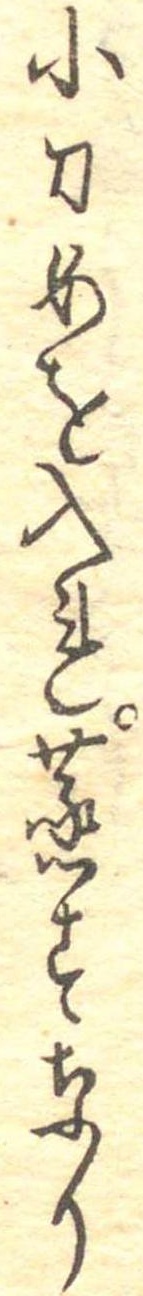
小刀めを入れ蒸すなり